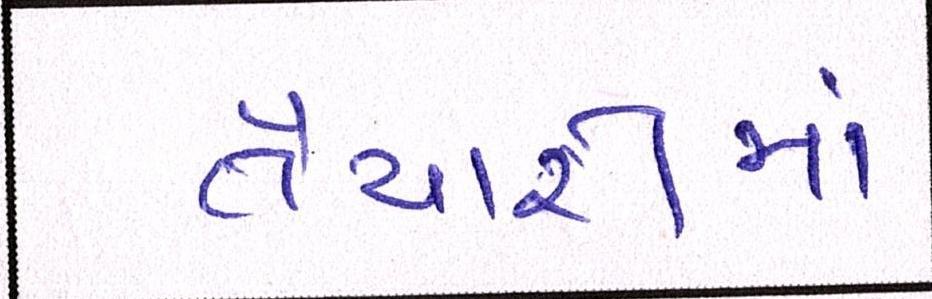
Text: તૈયારીમાં